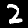
Digit: 2